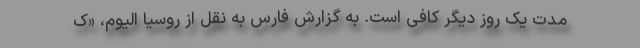
مدت یک روز دیگر کافی است. به گزارش فارس به نقل از روسیا الیوم، «ک